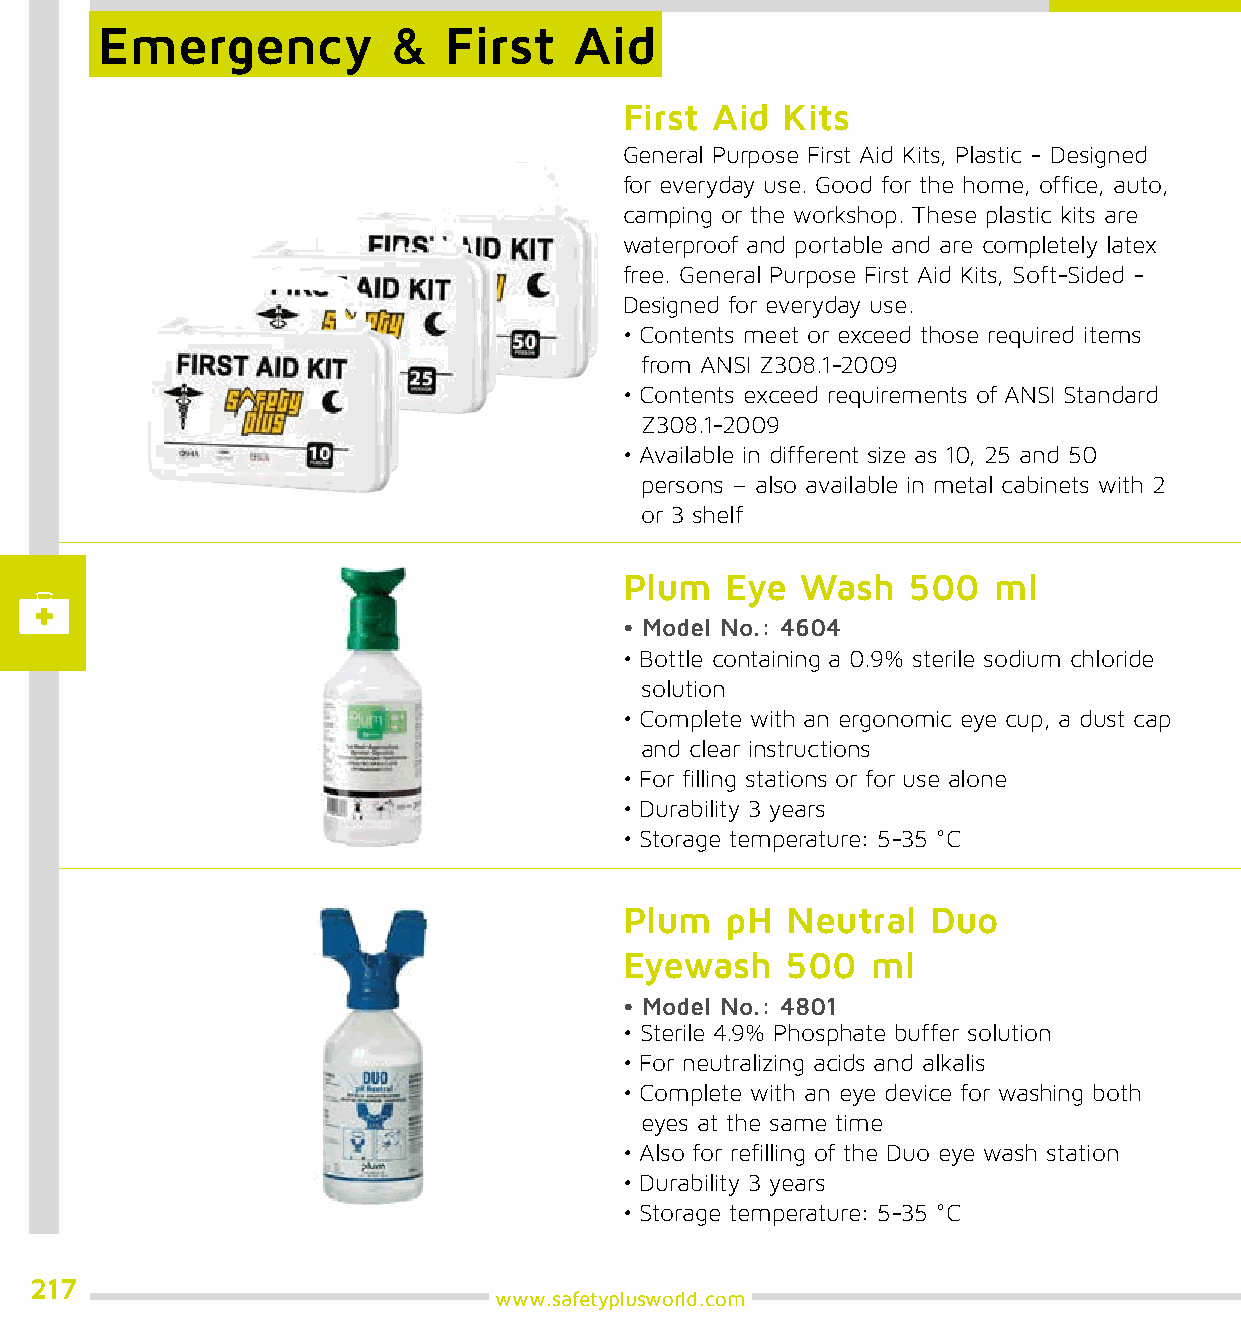
Emergency           &  First    Aid
 First Aid  Kits
 General Purpose First Aid Kits, Plastic - Designed
 for everyday use. Good for the home, office, auto,
 camping or the workshop. These plastic kits are
 waterproof and portable and are completely latex
 free. General Purpose First Aid Kits, Soft-Sided -
 Designed for everyday use.
 • Contents meet or exceed those required items
 from ANSI Z308.1-2009
 • Contents exceed requirements of ANSI Standard
 Z308.1-2009
 • Available in different size as 10, 25 and 50
 persons – also available in metal cabinets with 2
 or 3 shelf
 Plum   Eye  Wash   500   ml
 • Model No.: 4604
 • Bottle containing a 0.9% sterile sodium chloride
 solution
 • Complete with an ergonomic eye cup, a dust cap
 and clear instructions
 • For filling stations or for use alone
 • Durability 3 years
 • Storage temperature: 5-35 °C
 Plum   pH  Neutral   Duo
 Eyewash    500   ml
 • Model No.: 4801
 • Sterile 4.9% Phosphate buffer solution
 • For neutralizing acids and alkalis
 • Complete with an eye device for washing both
 eyes at the same time
 • Also for refilling of the Duo eye wash station
 • Durability 3 years
 • Storage temperature: 5-35 °C
 217
 www.safetyplusworld.com